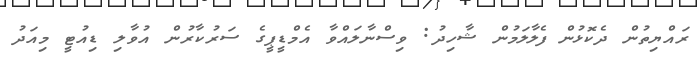
ރައްޔިތުން ދެކޮޅުން ފެލާލަމުން ޝާހިދު: ވިސްނާލައްވާ އެމްޑީޕީގެ ސަރުކާރުން އުވާލި ޑިއުޓީ މިއަދު